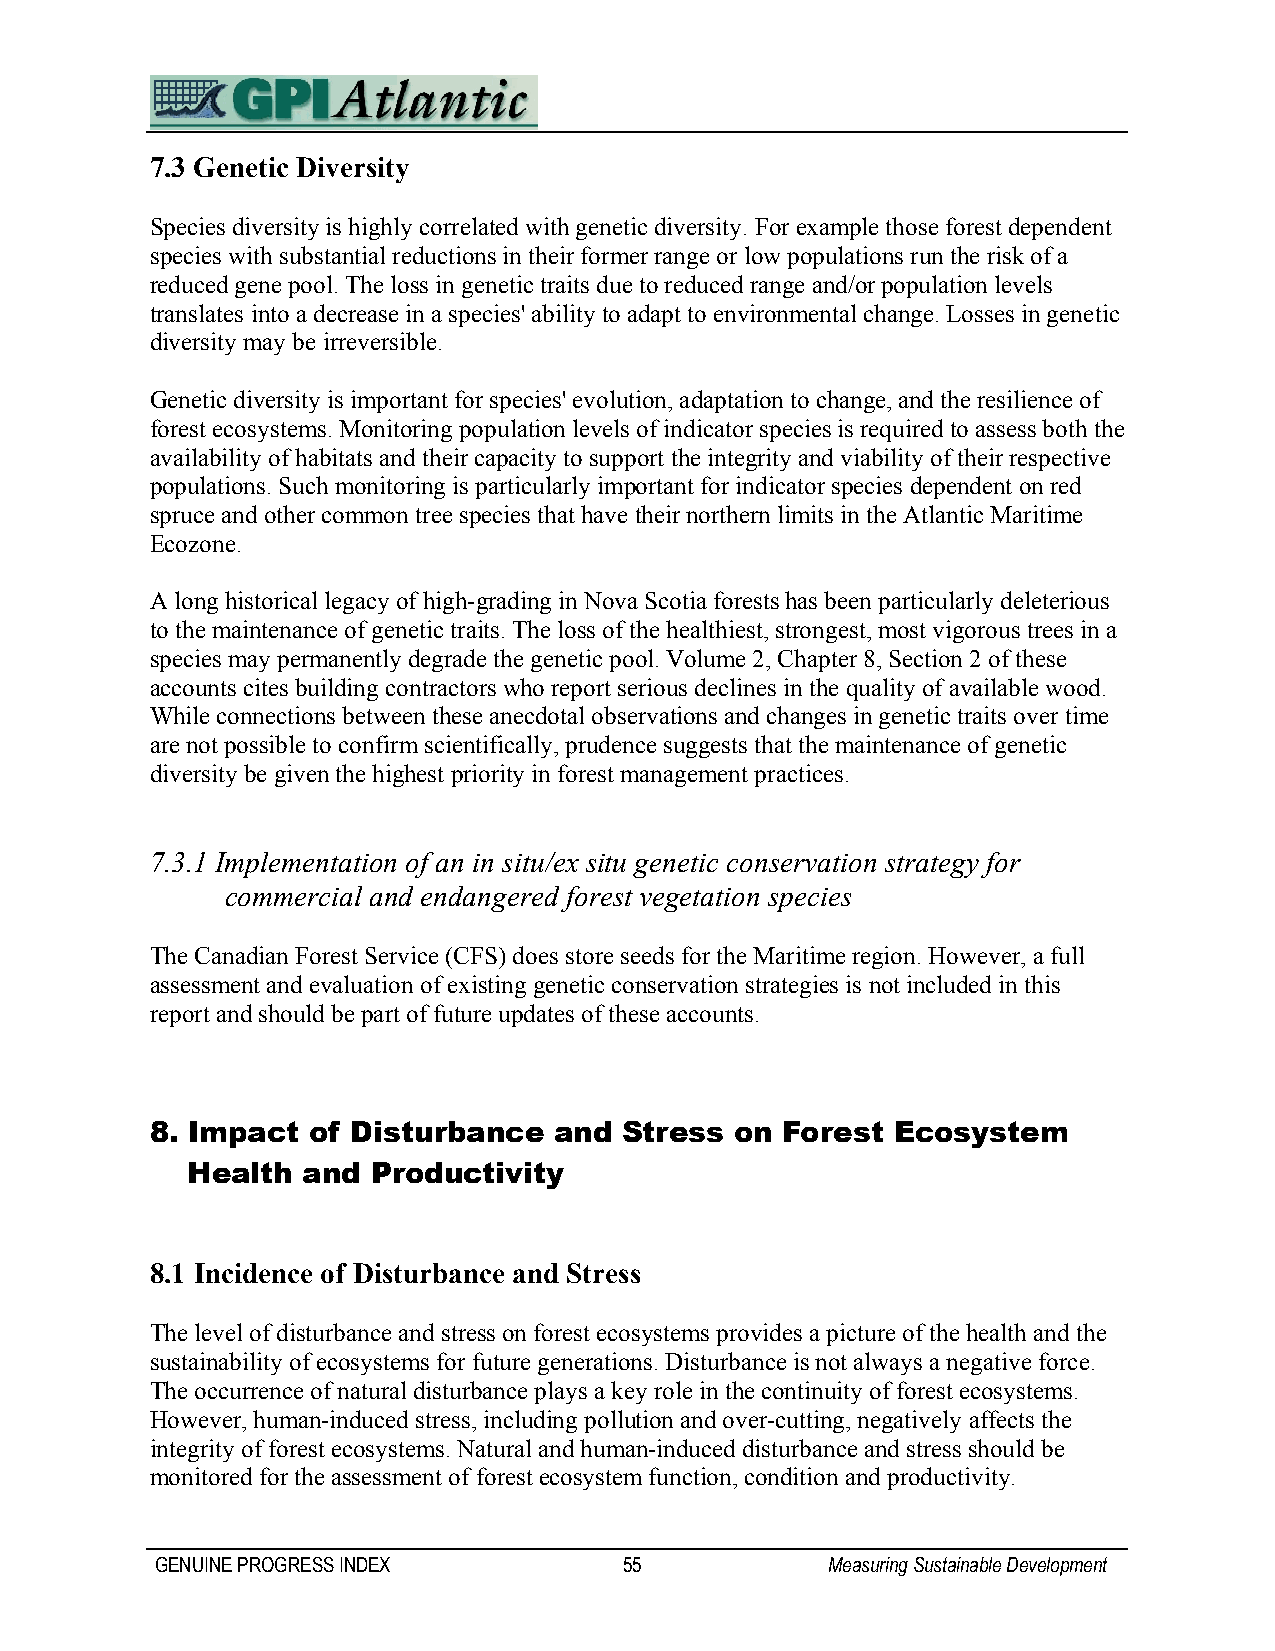
7.3 Genetic Diversity
 Species diversity is highly correlated with genetic diversity. For example those forest dependent
 species with substantial reductions in their former range or low populations run the risk of a
 reduced gene pool. The loss in genetic traits due to reduced range and/or population levels
 translates into a decrease in a species' ability to adapt to environmental change. Losses in genetic
 diversity may be irreversible.
 Genetic diversity is important for species' evolution, adaptation to change, and the resilience of
 forest ecosystems. Monitoring population levels of indicator species is required to assess both the
 availability of habitats and their capacity to support the integrity and viability of their respective
 populations. Such monitoring is particularly important for indicator species dependent on red
 spruce and other common tree species that have their northern limits in the Atlantic Maritime
 Ecozone.
 A long historical legacy of high-grading in Nova Scotia forests has been particularly deleterious
 to the maintenance of genetic traits. The loss of the healthiest, strongest, most vigorous trees in a
 species may permanently degrade the genetic pool. Volume 2, Chapter 8, Section 2 of these
 accounts cites building contractors who report serious declines in the quality of available wood.
 While connections between these anecdotal observations and changes in genetic traits over time
 are not possible to confirm scientifically, prudence suggests that the maintenance of genetic
 diversity be given the highest priority in forest management practices.
 7.3.1 Implementation of an in situ/ex situ genetic conservation strategy for
 commercial and endangered forest vegetation species
 The Canadian Forest Service (CFS) does store seeds for the Maritime region. However, a full
 assessment and evaluation of existing genetic conservation strategies is not included in this
 report and should be part of future updates of these accounts.
 8. Impact of Disturbance   and Stress  on Forest Ecosystem
 Health  and  Productivity
 8.1 Incidence of Disturbance and Stress
 The level of disturbance and stress on forest ecosystems provides a picture of the health and the
 sustainability of ecosystems for future generations. Disturbance is not always a negative force.
 The occurrence of natural disturbance plays a key role in the continuity of forest ecosystems.
 However, human-induced stress, including pollution and over-cutting, negatively affects the
 integrity of forest ecosystems. Natural and human-induced disturbance and stress should be
 monitored for the assessment of forest ecosystem function, condition and productivity.
 GENUINE PROGRESS INDEX         55            Measuring Sustainable Development